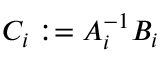
C _ { i } : = A _ { i } ^ { - 1 } B _ { i }